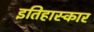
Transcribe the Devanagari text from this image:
इतिहास्कार